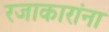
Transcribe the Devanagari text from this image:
रजाकारांना